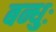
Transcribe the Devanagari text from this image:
बन्धुः